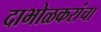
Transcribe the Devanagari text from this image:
दाभोळकरांचा